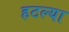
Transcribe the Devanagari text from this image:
हटल्या